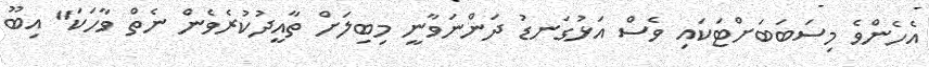
އެހެންވެ މިސަބަބަށްޓަކައި ވެސް އަޅުގަނޑު ދަންނަވާނީ މިބިލަށް ތާއީދުކުރެވެން ނެތް ވާހަކަ" އިބޫ